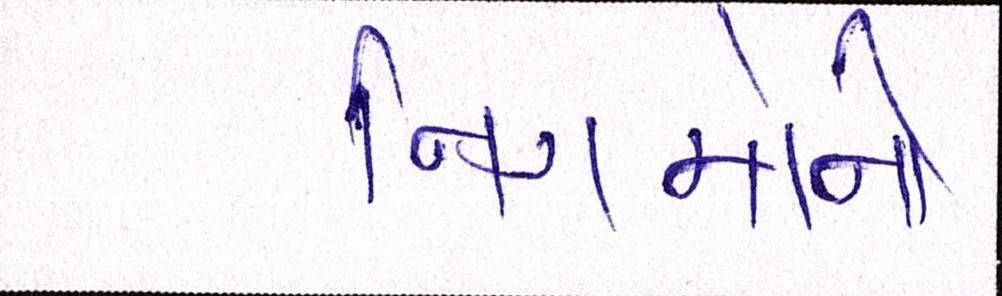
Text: નિગમોની